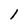
Character: 1